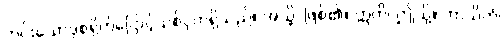
ကင်းသောဒုစရိုက်ငြောင့်သစ်ငှက်ရှိသည်။ အသ္မိ၊ ဖြစ်၏။ ဣတိ၊ ဤသို့။ ဘာသိတံ၊